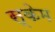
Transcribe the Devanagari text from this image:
स्केम